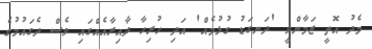
މެދު އޮތީ ޒަމާންވީ 'ދަނގަޑު ގުޅުމެއް' އަދި ހުރިހާ ދާއިރާއެއްގައި ވެސް ދެގައުމުގެ